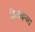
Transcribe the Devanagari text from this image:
बिगाड़ना।